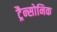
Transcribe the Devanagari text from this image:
ट्रैन्सोनिक